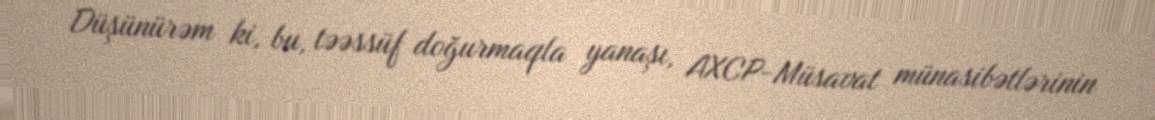
Düşünürəm ki, bu, təəssüf doğurmaqla yanaşı, AXCP-Müsavat münasibətlərinin